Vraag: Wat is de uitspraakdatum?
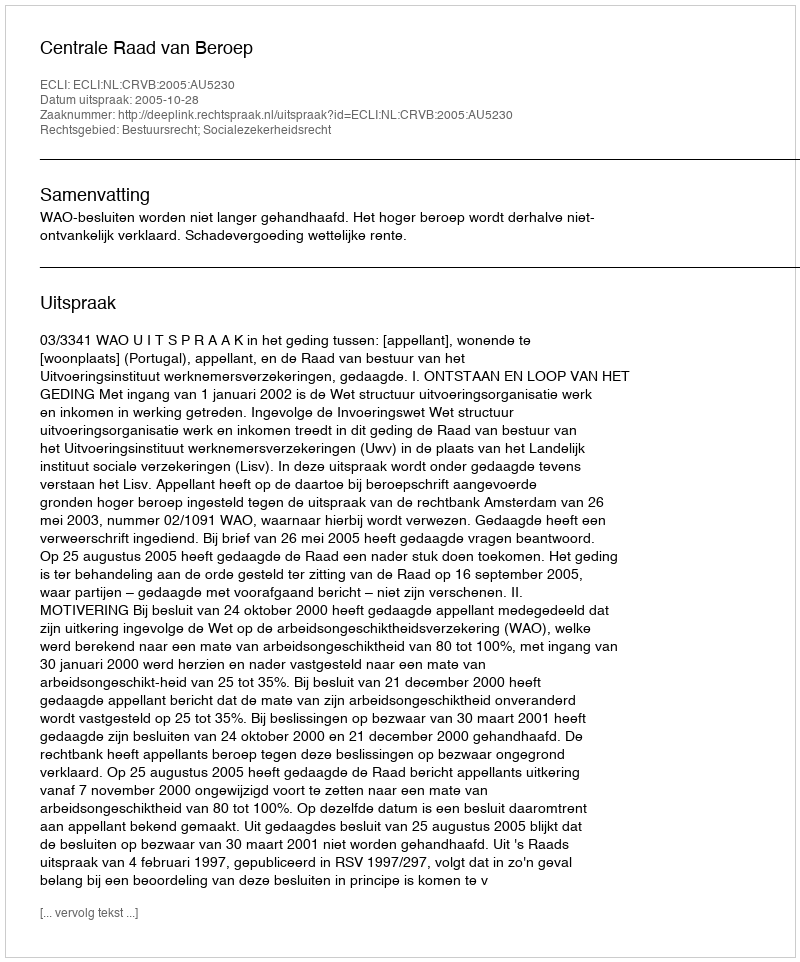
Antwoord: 2005-10-28